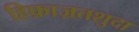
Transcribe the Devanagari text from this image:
हिफ़ाज़तशुदा